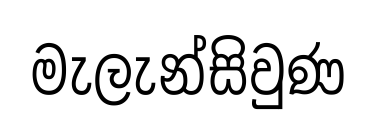
මැලැන්සිවුණ